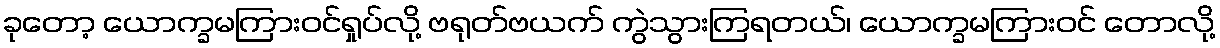
ခုတော့ ယောက္ခမကြားဝင်ရှုပ်လို့ ဗရုတ်ဗယက် ကွဲသွားကြရတယ်၊ ယောက္ခမကြားဝင် တောလို့